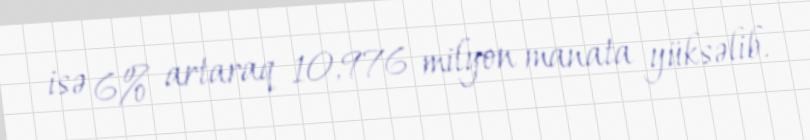
isə 6% artaraq 10,976 milyon manata yüksəlib.